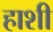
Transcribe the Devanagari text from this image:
हाशी